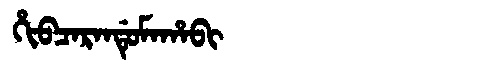
Manchu: ᡥᡳᠪᠴᠠᡵᠠᠨᡩᡠᠮᠠᡥᠠᠪᡳ
Romanization: HIBCARANDUMAHABI